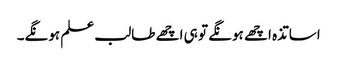
اساتذہ اچھے ہونگے تو ہی اچھے طالب علم ہونگے۔